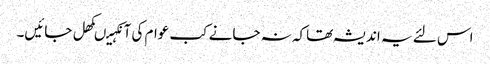
اس لئے یہ اندیشہ تھاکہ نہ جانے کب عوام کی آنکہیںکھل جائیں۔